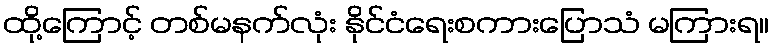
ထို့ကြောင့် တစ်မနက်လုံး နိုင်ငံရေးစကားပြောသံ မကြားရ။